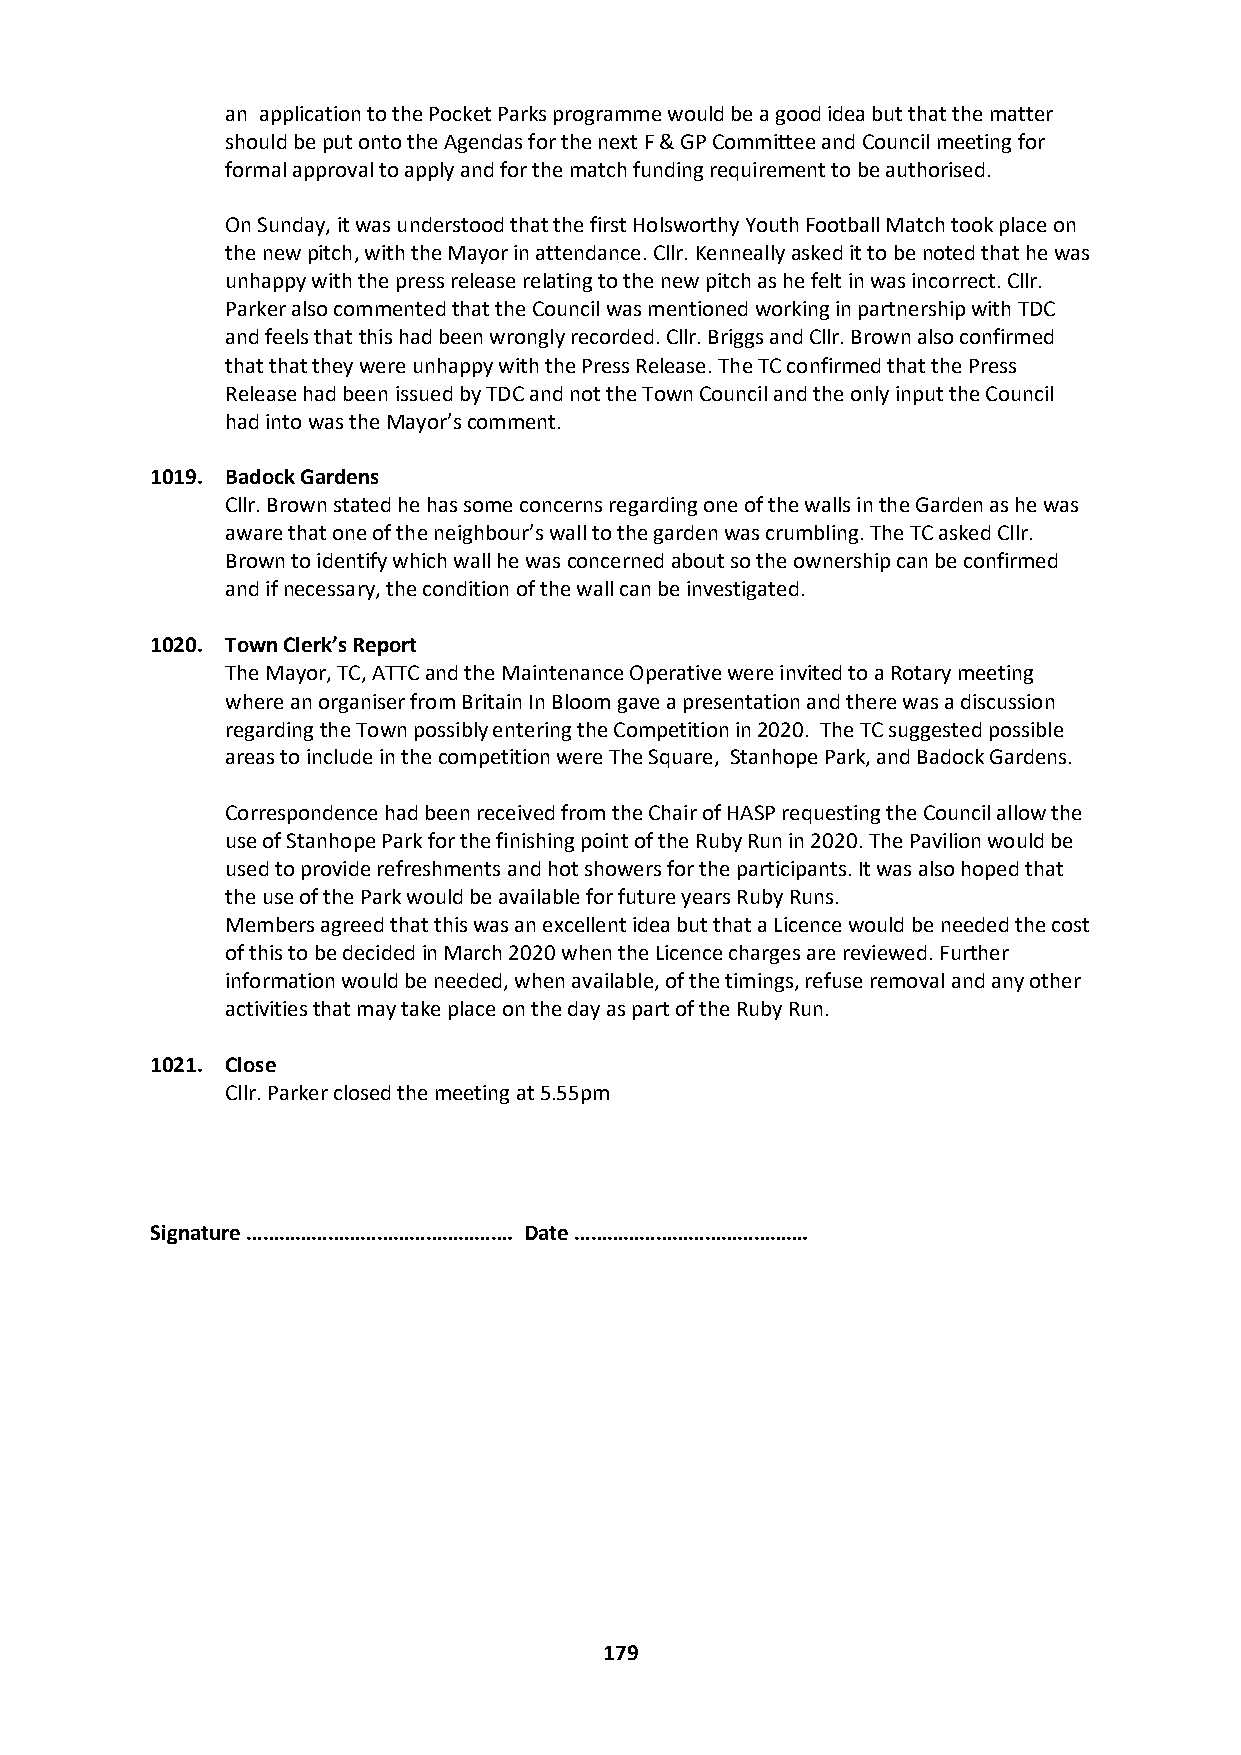
an application to the Pocket Parks programme would be a good idea but that the matter
 should be put onto the Agendas for the next F & GP Committee and Council meeting for
 formal approval to apply and for the match funding requirement to be authorised.
 On Sunday, it was understood that the first Holsworthy Youth Football Match took place on
 the new pitch, with the Mayor in attendance. Cllr. Kenneally asked it to be noted that he was
 unhappy with the press release relating to the new pitch as he felt in was incorrect. Cllr.
 Parker also commented that the Council was mentioned working in partnership with TDC
 and feels that this had been wrongly recorded. Cllr. Briggs and Cllr. Brown also confirmed
 that that they were unhappy with the Press Release. The TC confirmed that the Press
 Release had been issued by TDC and not the Town Council and the only input the Council
 had into was the Mayor’s comment.
 1019. Badock Gardens
 Cllr. Brown stated he has some concerns regarding one of the walls in the Garden as he was
 aware that one of the neighbour’s wall to the garden was crumbling. The TC asked Cllr.
 Brown to identify which wall he was concerned about so the ownership can be confirmed
 and if necessary, the condition of the wall can be investigated.
 1020. Town Clerk’s Report
 The Mayor, TC, ATTC and the Maintenance Operative were invited to a Rotary meeting
 where an organiser from Britain In Bloom gave a presentation and there was a discussion
 regarding the Town possibly entering the Competition in 2020. The TC suggested possible
 areas to include in the competition were The Square, Stanhope Park, and Badock Gardens.
 Correspondence had been received from the Chair of HASP requesting the Council allow the
 use of Stanhope Park for the finishing point of the Ruby Run in 2020. The Pavilion would be
 used to provide refreshments and hot showers for the participants. It was also hoped that
 the use of the Park would be available for future years Ruby Runs.
 Members agreed that this was an excellent idea but that a Licence would be needed the cost
 of this to be decided in March 2020 when the Licence charges are reviewed. Further
 information would be needed, when available, of the timings, refuse removal and any other
 activities that may take place on the day as part of the Ruby Run.
 1021. Close
 Cllr. Parker closed the meeting at 5.55pm
 Signature …………………………………………. Date …………………………………….
 179